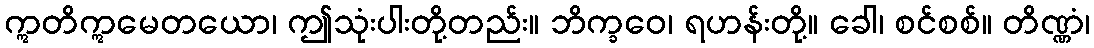
ဣတိဣမေတယော၊ ဤသုံးပါးတို့တည်း။ ဘိက္ခဝေ၊ ရဟန်းတို့။ ခေါ၊ စင်စစ်။ တိဏ္ဏံ၊